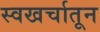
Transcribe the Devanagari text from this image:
स्वखर्चातून